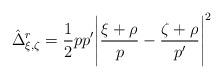
LaTeX: \begin{align*}\hat\Delta^r_{\xi,\zeta}=\frac12pp'\Biggl|\frac{\xi+\rho}{p}-\frac{\zeta+\rho}{p'}\Biggr|^2\end{align*}